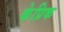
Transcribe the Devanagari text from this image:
केप्रिक